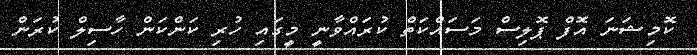
ކޮމިޝަނަ އޮފް ޕޮލިސް މަސައްކަތް ކުރައްވާނީ މީގައި ހުރި ކަންކަން ހާސިލް ކުރަން